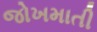
જોખમાતી